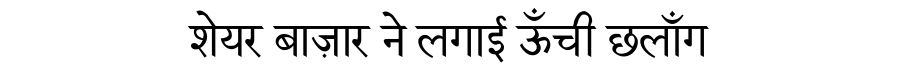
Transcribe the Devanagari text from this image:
शेयर बाज़ार ने लगाई ऊँची छलाँग